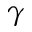
\gamma